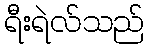
ရီးရဲလ်သည်